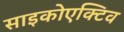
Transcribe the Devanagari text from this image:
साइकोएक्टिव